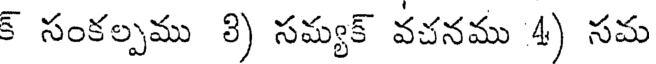
క్ సంకల్పము 8) సమ్యక్ వచనము 4) సమ